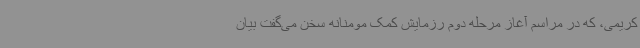
کریمی، که در مراسم آغاز مرحله دوم رزمایش کمک مومنانه سخن می‌گفت بیان